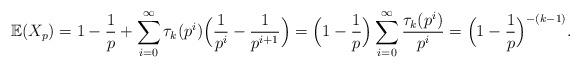
LaTeX: \begin{align*} \mathbb{E}(X_p) = 1-\frac{1}{p} + \sum_{i=0}^{\infty} \tau_k(p^i) \Big(\frac{1}{p^i} -\frac{1}{p^{i+1}} \Big) = \Big( 1-\frac{1}{p} \Big) \sum_{i=0}^{\infty} \frac{\tau_k(p^i)}{ p^{i}} = \Big( 1-\frac{1}{p} \Big)^{-(k-1)}. \end{align*}